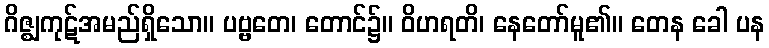
ဂိဇ္ဈကုဋ်အမည်ရှိသော။ ပဗ္ဗတေ၊ တောင်၌။ ဝိဟရတိ၊ နေတော်မူ၏။ တေန ခေါ ပန